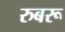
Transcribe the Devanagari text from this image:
रुबरू